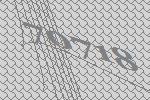
70718